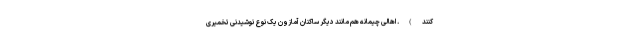
کنند). اهالی چیمانه هم مانند دیگر ساکنان آمازون یک نوع نوشیدنی تخمیری